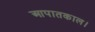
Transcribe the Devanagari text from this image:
आपातकाल।